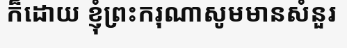
ក៏ដោយ ខ្ញុំព្រះករុណាសូមមានសំនួរ